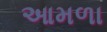
આમળા